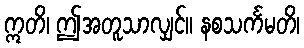
ဣတိ၊ ဤအတူသာလျှင်။ နစသင်္ကမတိ၊